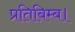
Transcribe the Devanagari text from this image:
प्रतिबिम्ब।